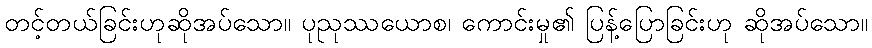
တင့်တယ်ခြင်းဟုဆိုအပ်သော။ ပုညုဿယောစ၊ ကောင်းမှု၏ ပြန့်ပြောခြင်းဟု ဆိုအပ်သော။